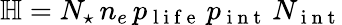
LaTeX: \mathbb H=N_{\star}\, n_{e}\, p_{\mathrm{~l~i~f~e~}}\, p_{\mathrm{~i~n~t~}}\, N_{\mathrm{~i~n~t~}}